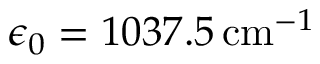
\epsilon _ { 0 } = 1 0 3 7 . 5 \, \mathrm { c m } ^ { - 1 }